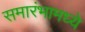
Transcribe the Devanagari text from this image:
समारंभामध्ये